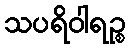
သပရိဝါရဉ္စ